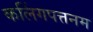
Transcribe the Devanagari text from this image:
कलिंगपत्तनम